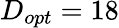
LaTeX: D_{opt}=18